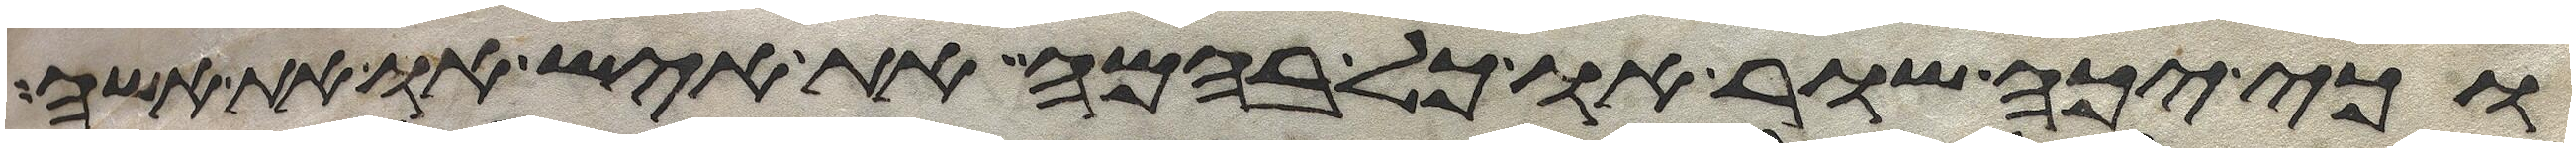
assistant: וכי יכה שור וכל בהמה את איש או את אשה